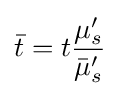
{\bar {t}}=t{\frac {\mu _{s}'}{{\bar {\mu }}_{s}'}}